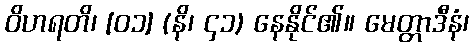
ဝိဟရတိ၊ [၀၁] (နိ၊ ၄၁) နေနိုင်၏။ မေတ္တာဒီနံ၊